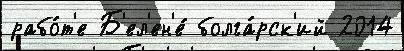
рабо́т'е Б'ел'ен'е́ болга́рск'ий 2014